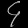
Digit: ၄